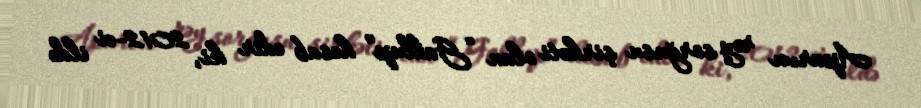
Aparıcı rəy sorğusu şirkəti olan “Gallup” hesab edir ki, 2012-ci ildə